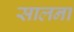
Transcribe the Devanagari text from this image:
सालना